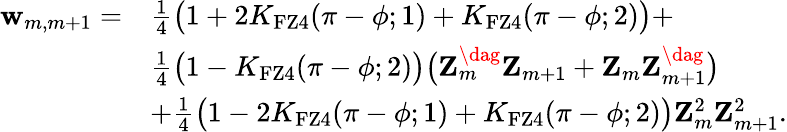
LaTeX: \begin{array}{rl}{\mathbf{w}_{m,m+1}=}&{\frac{1}{4}\big(1+2K_{\mathrm{FZ4}}(\pi-\phi;1)+K_{\mathrm{FZ4}}(\pi-\phi;2)\big)+}\\ &{\frac{1}{4}\big(1-K_{\mathrm{FZ4}}(\pi-\phi;2)\big)\big(\mathbf{Z}_{m}^{\dag}\mathbf{Z}_{m+1}+\mathbf{Z}_{m}\mathbf{Z}_{m+1}^{\dag}\big)}\\ &{+\frac{1}{4}\big(1-2K_{\mathrm{FZ4}}(\pi-\phi;1)+K_{\mathrm{FZ4}}(\pi-\phi;2)\big)\mathbf{Z}_{m}^{2}\mathbf{Z}_{m+1}^{2}.}\end{array}